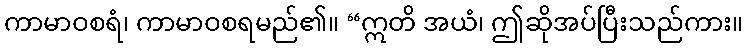
ကာမာဝစရံ၊ ကာမာဝစရမည်၏။ “ဣတိ အယံ၊ ဤဆိုအပ်ပြီးသည်ကား။